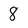
Character: 8